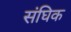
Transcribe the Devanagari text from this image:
संघिक